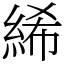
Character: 絺